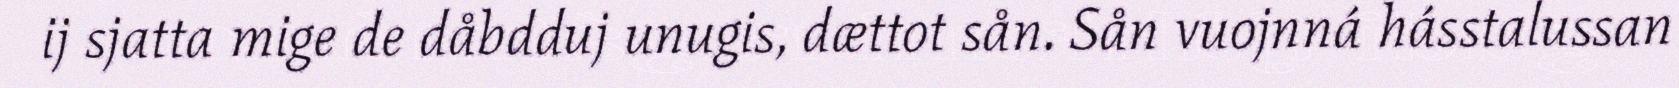
ij sjatta mige de dåbdduj unugis, dættot sån. Sån vuojnná hásstalussan